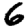
Digit: 6